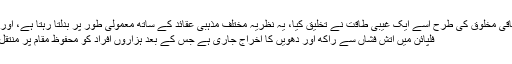
ایک یہ کہ باقی مخلوق کی طرح اسے ایک غیبی طاقت نے تخلیق کیا، یہ نظریہ مختلف مذہبی عقائد کے ساتھ معمولی طور پر بدلتا رہتا ہے، اور مزید پڑھیں
فلپائن میں آتش فشاں سے راکھ اور دھویں کا اخراج جاری ہے جس کے بعد ہزاروں افراد کو محفوظ مقام پر منتقل کیا گیا ہے۔